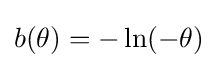
b(\theta )=-\ln(-\theta )